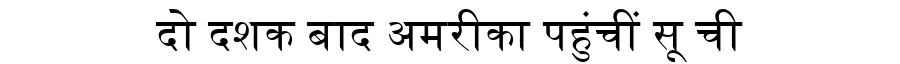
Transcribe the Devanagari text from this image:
दो दशक बाद अमरीका पहुंचीं सू ची